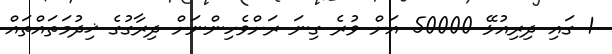
1 ގައި ދިރިއުޅޭ 50000 އަށް ވުރެ ގިނަ ރަށްވެހިންނަށް ދިރާގުގެ ޚިދުމަތައްތައް